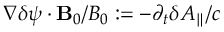
\nabla \delta \psi \cdot \mathbf { B } _ { 0 } / B _ { 0 } : = - \partial _ { t } \delta A _ { \parallel } / c